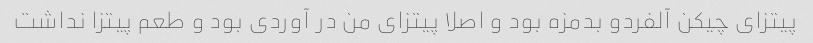
پیتزای چیکن آلفردو بدمزه بود و اصلا پیتزای من در آوردی بود و طعم پیتزا نداشت